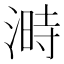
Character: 溡